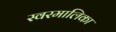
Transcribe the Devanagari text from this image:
स्वरमालिका